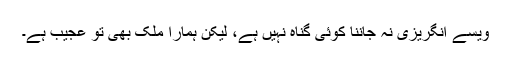
ویسے انگریزی نہ جاننا کوئی گناہ نہیں ہے، لیکن ہمارا ملک بھی تو عجیب ہے۔